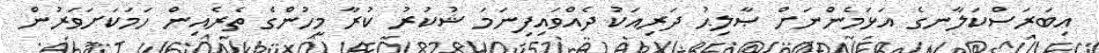
އިބަރަސްކަލާނގެ އަޅަމެންނަށް ޞާލިޙު ދަރިއަކު ދެއްވައިފިނަމަ ޝުކުރު ކުރާ މީހުންގެ ތެރެއިން ހަމަކަށަވަރުން